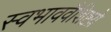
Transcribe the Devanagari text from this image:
स्वभाववैशिष्टय़े